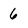
Character: 6